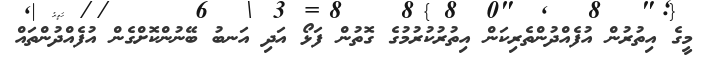
މީގެ އިތުރުން އުފެއްދުންތެރިކަން އިތުރުކުރުމުގެ ގޮތުން ފަޅޯ އަދި އަނބު ބޭނުންކޮށްގެން އުފެއްދުންތައް